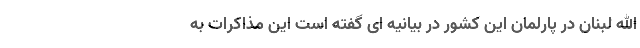
الله لبنان در پارلمان این کشور در بیانیه ای گفته است این مذاکرات به